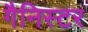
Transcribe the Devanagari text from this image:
गैनिस्टर